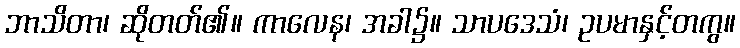
ဘာသိတာ၊ ဆိုတတ်၏။ ကာလေန၊ အခါ၌။ သာပဒေသံ၊ ဥပမာနှင့်တကွ။